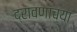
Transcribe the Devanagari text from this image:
द्रावणांच्या